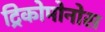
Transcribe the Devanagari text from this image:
ट्रिकोमोनोस